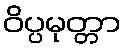
ဝိပ္ပမုတ္တာ